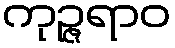
ကုဉ္ဇရာဝ